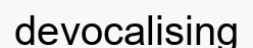
devocalising